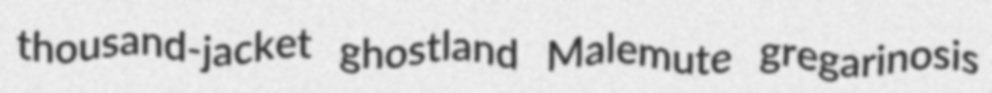
thousand-jacket ghostland Malemute gregarinosis